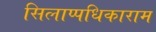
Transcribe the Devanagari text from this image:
सिलाप्पधिकाराम